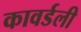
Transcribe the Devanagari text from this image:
कावर्डली